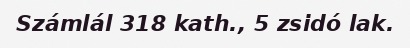
Számlál 318 kath., 5 zsidó lak.